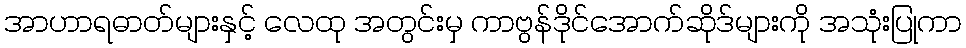
အာဟာရဓာတ်များနှင့် လေထု အတွင်းမှ ကာဗွန်ဒိုင်အောက်ဆိုဒ်များကို အသုံးပြုကာ